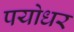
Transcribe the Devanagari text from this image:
पयोधर